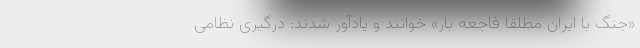
«جنگ با ایران مطلقا فاجعه بار» خوانند و یادآور شدند: درگیری نظامی